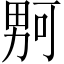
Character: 𪟡